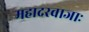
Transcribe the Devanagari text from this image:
महादरवाजाः